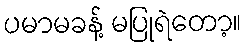
ပမာမခန့် မပြုရဲတော့။